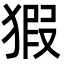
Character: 猳